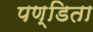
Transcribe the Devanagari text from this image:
पण्डिता